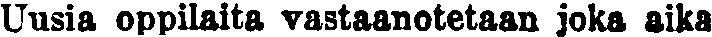
Uusia oppilaita vastaanotetaan joka aika